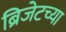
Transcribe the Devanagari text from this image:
ब्रिजेटच्या